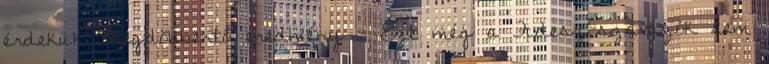
érdekük Megdöbbentő eredmény - Ezt még a Fidesz-szavazók sem